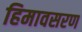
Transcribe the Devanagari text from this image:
हिमावसरण